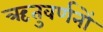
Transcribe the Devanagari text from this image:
ऋतुवर्णनों